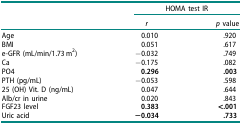
<table><thead><tr><td>[EMPTY_CELL]</td><td colspan="2"><b>HOMA test IR</b></td></tr><tr><td>[EMPTY_CELL]</td><td><b><i>r</i></b></td><td><b><i>p</i> value</b></td></tr></thead><tbody><tr><td>Age</td><td>0.010</td><td>.920</td></tr><tr><td>BMI</td><td>0.051</td><td>.617</td></tr><tr><td>e-GFR (mL/min/1.73 m2)</td><td>−0.032</td><td>.749</td></tr><tr><td>Ca</td><td>−0.175</td><td>.082</td></tr><tr><td>PO4</td><td><b>0.296</b></td><td><b>.003</b></td></tr><tr><td>PTH (pg/mL)</td><td>−0.053</td><td>.598</td></tr><tr><td>25 (OH) Vit. D (ng/mL)</td><td>0.047</td><td>.644</td></tr><tr><td>Alb/cr in urine</td><td>0.020</td><td>.843</td></tr><tr><td>FGF23 level</td><td><b>0.383</b></td><td><b>&lt;.001</b></td></tr><tr><td>Uric acid</td><td><b>−0.034</b></td><td><b>.733</b></td></tr></tbody></table>